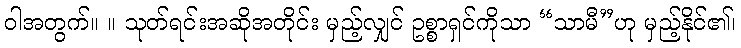
ဝါအတွက်။ ။ သုတ်ရင်းအဆိုအတိုင်း မှည့်လျှင် ဥစ္စာရှင်ကိုသာ “သာမီ”ဟု မှည့်နိုင်၏၊